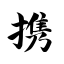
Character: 携